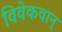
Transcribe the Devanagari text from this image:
विवेकवान्